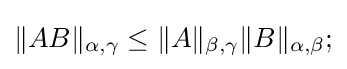
\|AB\|_{\alpha ,\gamma }\leq \|A\|_{\beta ,\gamma }\|B\|_{\alpha ,\beta };